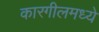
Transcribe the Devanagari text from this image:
कारगीलमध्ये